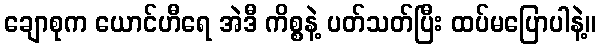
ချောစုက ယောင်ဟီရေ အဲဒီ ကိစ္စနဲ့ ပတ်သတ်ပြီး ထပ်မပြောပါနဲ့။